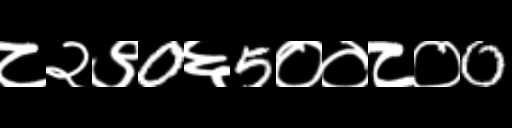
Text: ८२९0६5००८०0